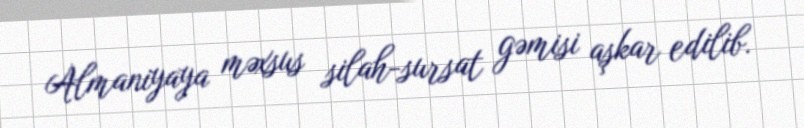
Almaniyaya məxsus silah-sursat gəmisi aşkar edilib.